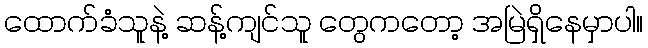
ထောက်ခံသူနဲ့ ဆန့်ကျင်သူ တွေကတော့ အမြဲရှိနေမှာပါ။